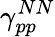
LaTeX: \gamma_{pp}^{NN}